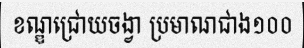
ខណ្ឌជ្រោយចង្វា ប្រមាណជាង១០០